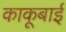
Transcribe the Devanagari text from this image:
काकूबाई